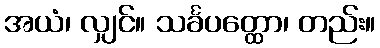
အယံ၊ လျှင်။ သင်္ခပတ္ထော၊ တည်း။